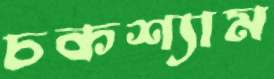
চকশ্যাম